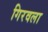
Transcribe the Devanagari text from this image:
गिरवला